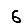
Digit: 6